Report on the Nagpur School of Medicine, Central Provinces
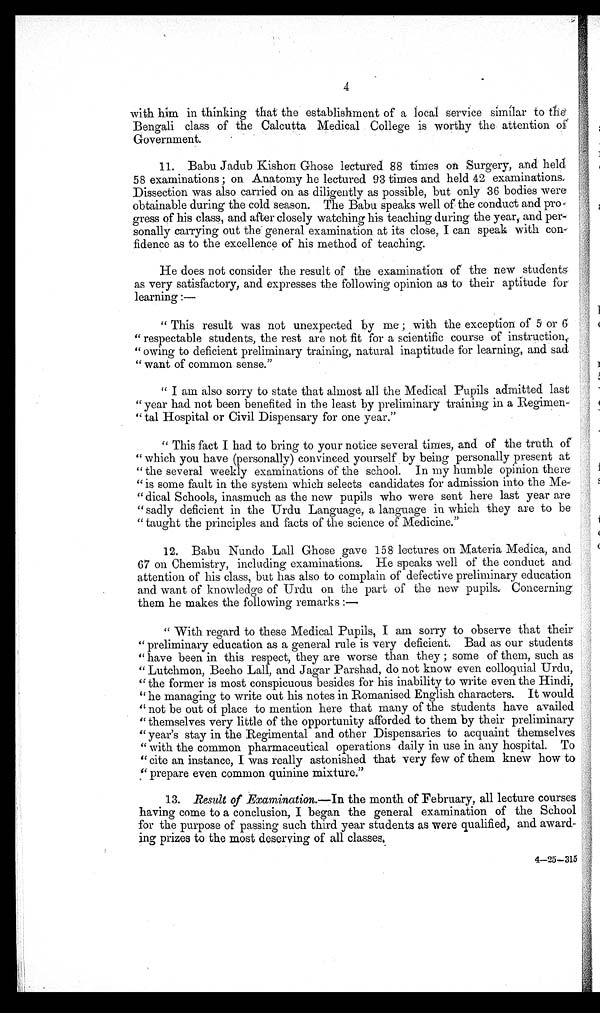
4
with him in thinking that the establishment of a local service similar to the-
Bengali class of the Calcutta Medical College is worthy the attention of
Government.
11. Babu Jadub Kishon Ghose lectured 88 times on Surgery, and held
58 examinations; on Anatomy he lectured 93 times and held 42 examinations.
Dissection was also carried on as diligently as possible, but only 36 bodies were
obtainable during the cold season. The Babu speaks well of the conduct and pro-
gress of his class, and after closely watching his teaching during the year, and per
-sonally carrying out the general examination at its close, I can speak with con-
fidence as to the excellence of his method of teaching.
He does not consider the result of the examination of the new students
as very satisfactory, and expresses the following opinion as to their aptitude for
learning :—
"This result was not unexpected by me; with the exception of 5 or 6
"respectable students, the rest are not fit for a scientific course of instruction,
"owing to deficient preliminary training, natural inaptitude for learning, and sad
"want of common sense."
"I am also sorry to state that almost all the Medical Pupils admitted last
"year had not been benefited in the least by preliminary training in a Regimen
- " t a l H o s p i t a l o r C i v i l D i s p e n s a r y f o r o n e y e a r . "
"This fact I had to bring to your notice several times, and of the truth of
"which you have (personally) convinced yourself by being personally present at
"the several weekly examinations of the school. In my humble opinion there
"is some fault in the system which selects candidates for admission into the me
- " d i c a l S c h o o l s , i n a s m u c h a s t h e n e w p u p i l s w h o w e r e s e n t h e r e l a s t y e a r a r e
"sadly deficient in the Urdu Language, a language in which they are to be
"taught the principles and facts of the science of Medicine."
12. Babu Nundo Lall Ghose gave 158 lectures on Materia Medica, and
67 on Chemistry, including examinations. He speaks well of the conduct and
attention of his class, but has also to complain of defective preliminary education
and want of knowledge of Urdu on the part of the new pupils. Concerning
them he makes the following remarks :—
"With regard to these Medical Pupils, I am sorry to observe that their
"preliminary education as a general rule is very deficient. Bad as our students
"have been in this respect, they are worse than they; some of them, such as
"Lutchmon, Beeho Lall, and Jagar Parshad, do not know even colloquial Urdu,
"the former is most conspicuous besides for his inability to write even the Hindi,
"he managing to write out his notes in Romanised English characters. It would
"not be out of place to mention here that many of the students have availed
"themselves very little of the opportunity afforded to them by their preliminary
"year's stay in the Regimental and other Dispensaries to acquaint themselves
"with the common pharmaceutical operations daily in use in any hospital. To
"cite an instance, I was really astonished that very few of them knew how to
"prepare even common quinine mixture."
13. Result of Examination.—In the month of February, all lecture courses
having come to a conclusion, I began the general examination of the School
for the purpose of passing such third year students as were qualified, and award-
ing prizes to the most deserving of all classes,
4—25—315